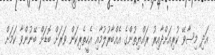
އަދި މިސާވޭ ކުރިއަށްދާއިރު ރައްޔިތުންގެ އެއްބާރުލުމާއި އެހީތެރިކަން ވަރަށް ބޮޑަށް ބޭނުންވާ ކަމަށް